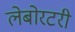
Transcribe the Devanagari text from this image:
लेबोरटरी